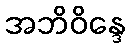
အဘိဝိန္ဒေ